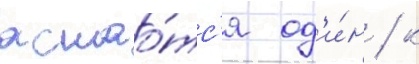
остао́тс'я од'и́н / к